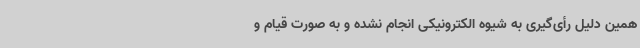
همین دلیل رأی‌گیری به شیوه الکترونیکی انجام نشده و به صورت قیام و